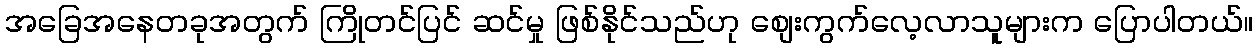
အခြေအနေတခုအတွက် ကြိုတင်ပြင် ဆင်မှု ဖြစ်နိုင်သည်ဟု စျေးကွက်လေ့လာသူများက ပြောပါတယ်။